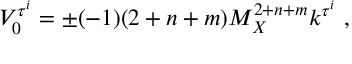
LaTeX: V _ { 0 } ^ { \tau ^ { i } } = \pm ( - 1 ) ( 2 + n + m ) M _ { X } ^ { 2 + n + m } k ^ { \tau ^ { i } } ~ , ~ \,